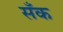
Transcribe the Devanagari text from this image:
सँक